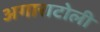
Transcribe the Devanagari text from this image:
अगाराटोली